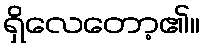
ရှိလေတော့၏။